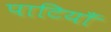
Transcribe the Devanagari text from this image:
पाटियाँ